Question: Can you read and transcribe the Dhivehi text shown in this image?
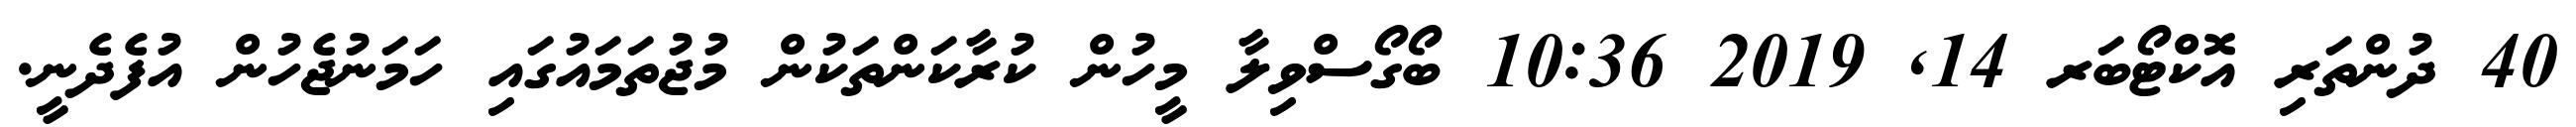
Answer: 40 ދުންތަރި އޮކްޓޯބަރ 14, 2019 10:36 ބޯގޯސްވިލާ މީހުން ކުރާކަންތަކުން މުޖުތަމައުގައި ހަމަނުޖެހުން އުފެދެނީ.